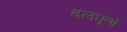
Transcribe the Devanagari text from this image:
बलघूर्णो